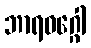
ဘာရဝဂ္ဂေါ